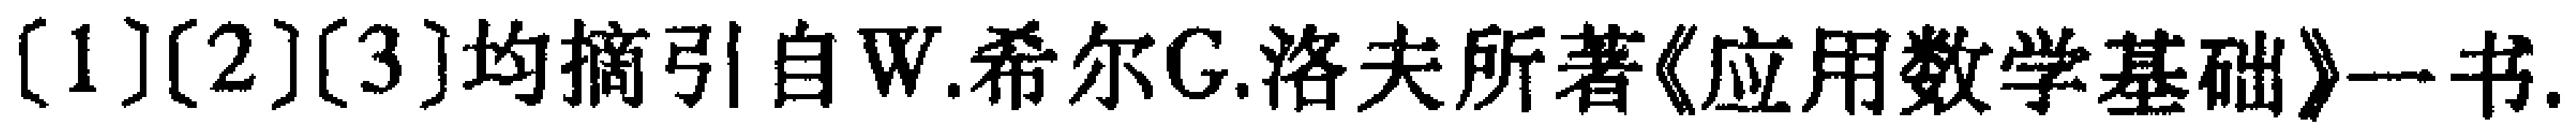
[1][2][3]均摘引自W.希尔G.洛夫所著《应用数学基础》一书.